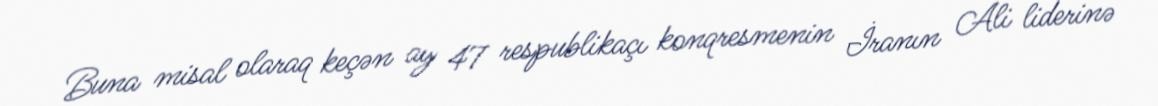
Buna misal olaraq keçən ay 47 respublikaçı konqresmenin İranın Ali liderinə